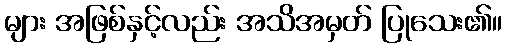
များ အဖြစ်နှင့်လည်း အသိအမှတ် ပြုသေး၏။